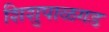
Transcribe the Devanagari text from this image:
शिशुपाळगड